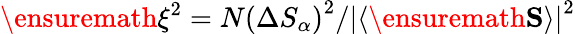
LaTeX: \ensuremath{\xi^{2}}=N\left(\Delta S_{\alpha}\right)^{2}/\left\lvert\left\langle\ensuremath{\mathbf{S}}\right\rangle\right\rvert^{2}